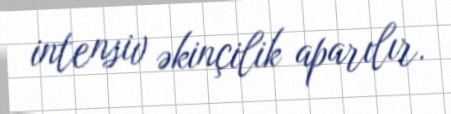
intensiv əkinçilik aparılır.